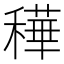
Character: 䅿